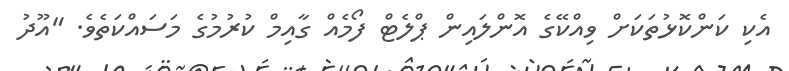
އެކި ކަންކޮޅުތަކަށް ވިއްކޭގެ އޮންލައިން ޕްލެޓް ފޯމެއް ގާއިމް ކުރުމުގެ މަސައްކަތެވެ. "އޫދު